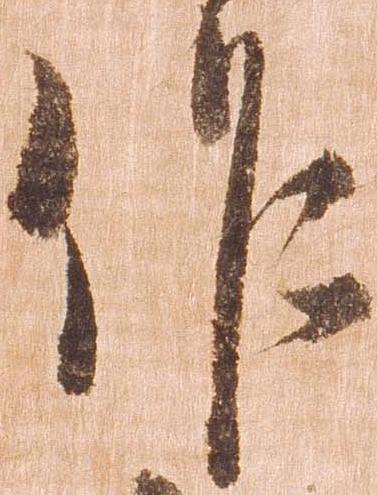
作